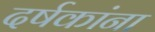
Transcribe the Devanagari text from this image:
दर्षकांना